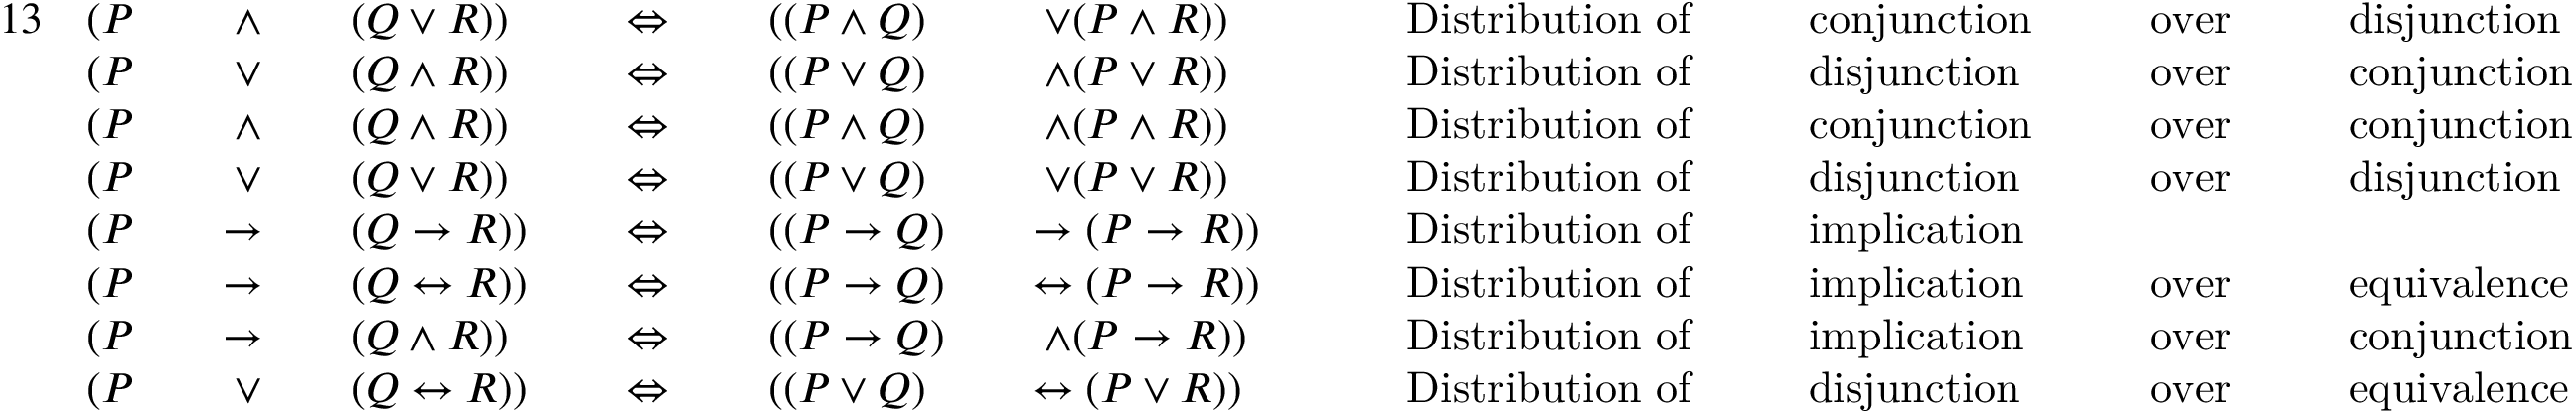
{ \begin{array} { r l r l r l r l r l r l r l r l r l r l } { { 1 3 } } & { ( P } & & { \; \land } & & { ( Q \lor R ) ) } & & { \; \Leftrightarrow \; } & & { ( ( P \land Q ) } & & { \; \lor ( P \land R ) ) } & & { \quad { \mathrm { ~ D i s t r i b u t i o n ~ o f ~ } } } & & { { \mathrm { ~ c o n j u n c t i o n ~ } } } & & { { \mathrm { ~ o v e r ~ } } } & & { { \mathrm { ~ d i s j u n c t i o n ~ } } } \\ & { ( P } & & { \; \lor } & & { ( Q \land R ) ) } & & { \; \Leftrightarrow \; } & & { ( ( P \lor Q ) } & & { \; \land ( P \lor R ) ) } & & { \quad { \mathrm { ~ D i s t r i b u t i o n ~ o f ~ } } } & & { { \mathrm { ~ d i s j u n c t i o n ~ } } } & & { { \mathrm { ~ o v e r ~ } } } & & { { \mathrm { ~ c o n j u n c t i o n ~ } } } \\ & { ( P } & & { \; \land } & & { ( Q \land R ) ) } & & { \; \Leftrightarrow \; } & & { ( ( P \land Q ) } & & { \; \land ( P \land R ) ) } & & { \quad { \mathrm { ~ D i s t r i b u t i o n ~ o f ~ } } } & & { { \mathrm { ~ c o n j u n c t i o n ~ } } } & & { { \mathrm { ~ o v e r ~ } } } & & { { \mathrm { ~ c o n j u n c t i o n ~ } } } \\ & { ( P } & & { \; \lor } & & { ( Q \lor R ) ) } & & { \; \Leftrightarrow \; } & & { ( ( P \lor Q ) } & & { \; \lor ( P \lor R ) ) } & & { \quad { \mathrm { ~ D i s t r i b u t i o n ~ o f ~ } } } & & { { \mathrm { ~ d i s j u n c t i o n ~ } } } & & { { \mathrm { ~ o v e r ~ } } } & & { { \mathrm { ~ d i s j u n c t i o n ~ } } } \\ & { ( P } & & { \to } & & { ( Q \to R ) ) } & & { \; \Leftrightarrow \; } & & { ( ( P \to Q ) } & & { \to ( P \to R ) ) } & & { \quad { \mathrm { ~ D i s t r i b u t i o n ~ o f ~ } } } & & { { \mathrm { ~ i m p l i c a t i o n ~ } } } & & { { \mathrm { ~ } } } & & { { \mathrm { ~ } } } \\ & { ( P } & & { \to } & & { ( Q \leftrightarrow R ) ) } & & { \; \Leftrightarrow \; } & & { ( ( P \to Q ) } & & { \leftrightarrow ( P \to R ) ) } & & { \quad { \mathrm { ~ D i s t r i b u t i o n ~ o f ~ } } } & & { { \mathrm { ~ i m p l i c a t i o n ~ } } } & & { { \mathrm { ~ o v e r ~ } } } & & { { \mathrm { ~ e q u i v a l e n c e ~ } } } \\ & { ( P } & & { \to } & & { ( Q \land R ) ) } & & { \; \Leftrightarrow \; } & & { ( ( P \to Q ) } & & { \; \land ( P \to R ) ) } & & { \quad { \mathrm { ~ D i s t r i b u t i o n ~ o f ~ } } } & & { { \mathrm { ~ i m p l i c a t i o n ~ } } } & & { { \mathrm { ~ o v e r ~ } } } & & { { \mathrm { ~ c o n j u n c t i o n ~ } } } \\ & { ( P } & & { \; \lor } & & { ( Q \leftrightarrow R ) ) } & & { \; \Leftrightarrow \; } & & { ( ( P \lor Q ) } & & { \leftrightarrow ( P \lor R ) ) } & & { \quad { \mathrm { ~ D i s t r i b u t i o n ~ o f ~ } } } & & { { \mathrm { ~ d i s j u n c t i o n ~ } } } & & { { \mathrm { ~ o v e r ~ } } } & & { { \mathrm { ~ e q u i v a l e n c e ~ } } } \end{array} }